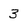
Character: 3